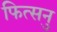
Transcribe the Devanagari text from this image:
फित्सनु